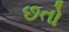
છતો